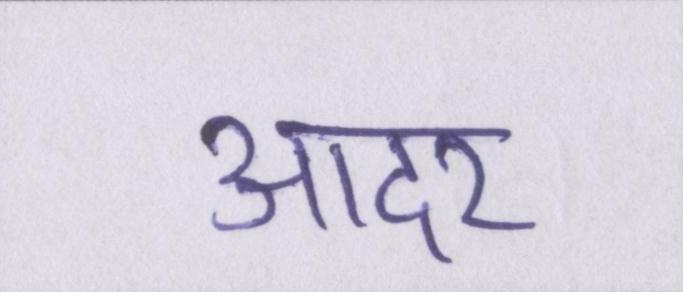
आदर